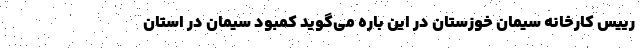
رییس کارخانه سیمان خوزستان در این باره می‌گوید کمبود سیمان در استان